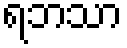
ရဘသာ